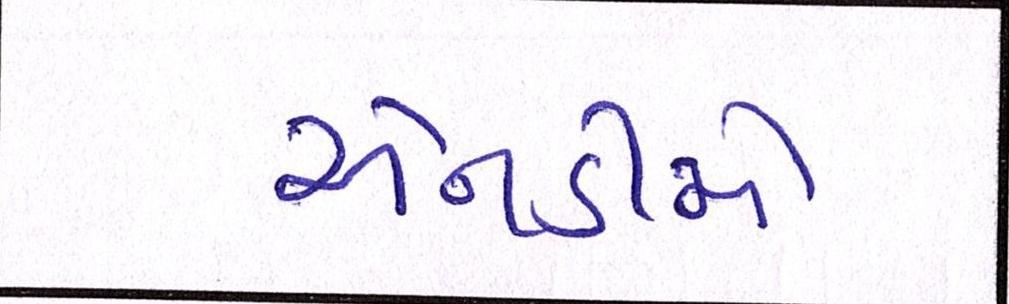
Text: એનડીએ